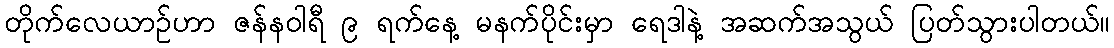
တိုက်လေယာဉ်ဟာ ဇန်နဝါရီ ၉ ရက်နေ့ မနက်ပိုင်းမှာ ရေဒါနဲ့ အဆက်အသွယ် ပြတ်သွားပါတယ်။